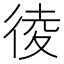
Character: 𢔁